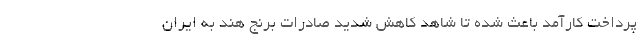
پرداخت کارآمد باعث شده تا شاهد کاهش شدید صادرات برنج هند به ایران